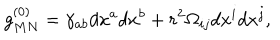
g _ { M N } ^ { ( 0 ) } = \gamma _ { a b } d x ^ { a } d x ^ { b } + r ^ { 2 } \Omega _ { i j } d x ^ { i } d x ^ { j } ,